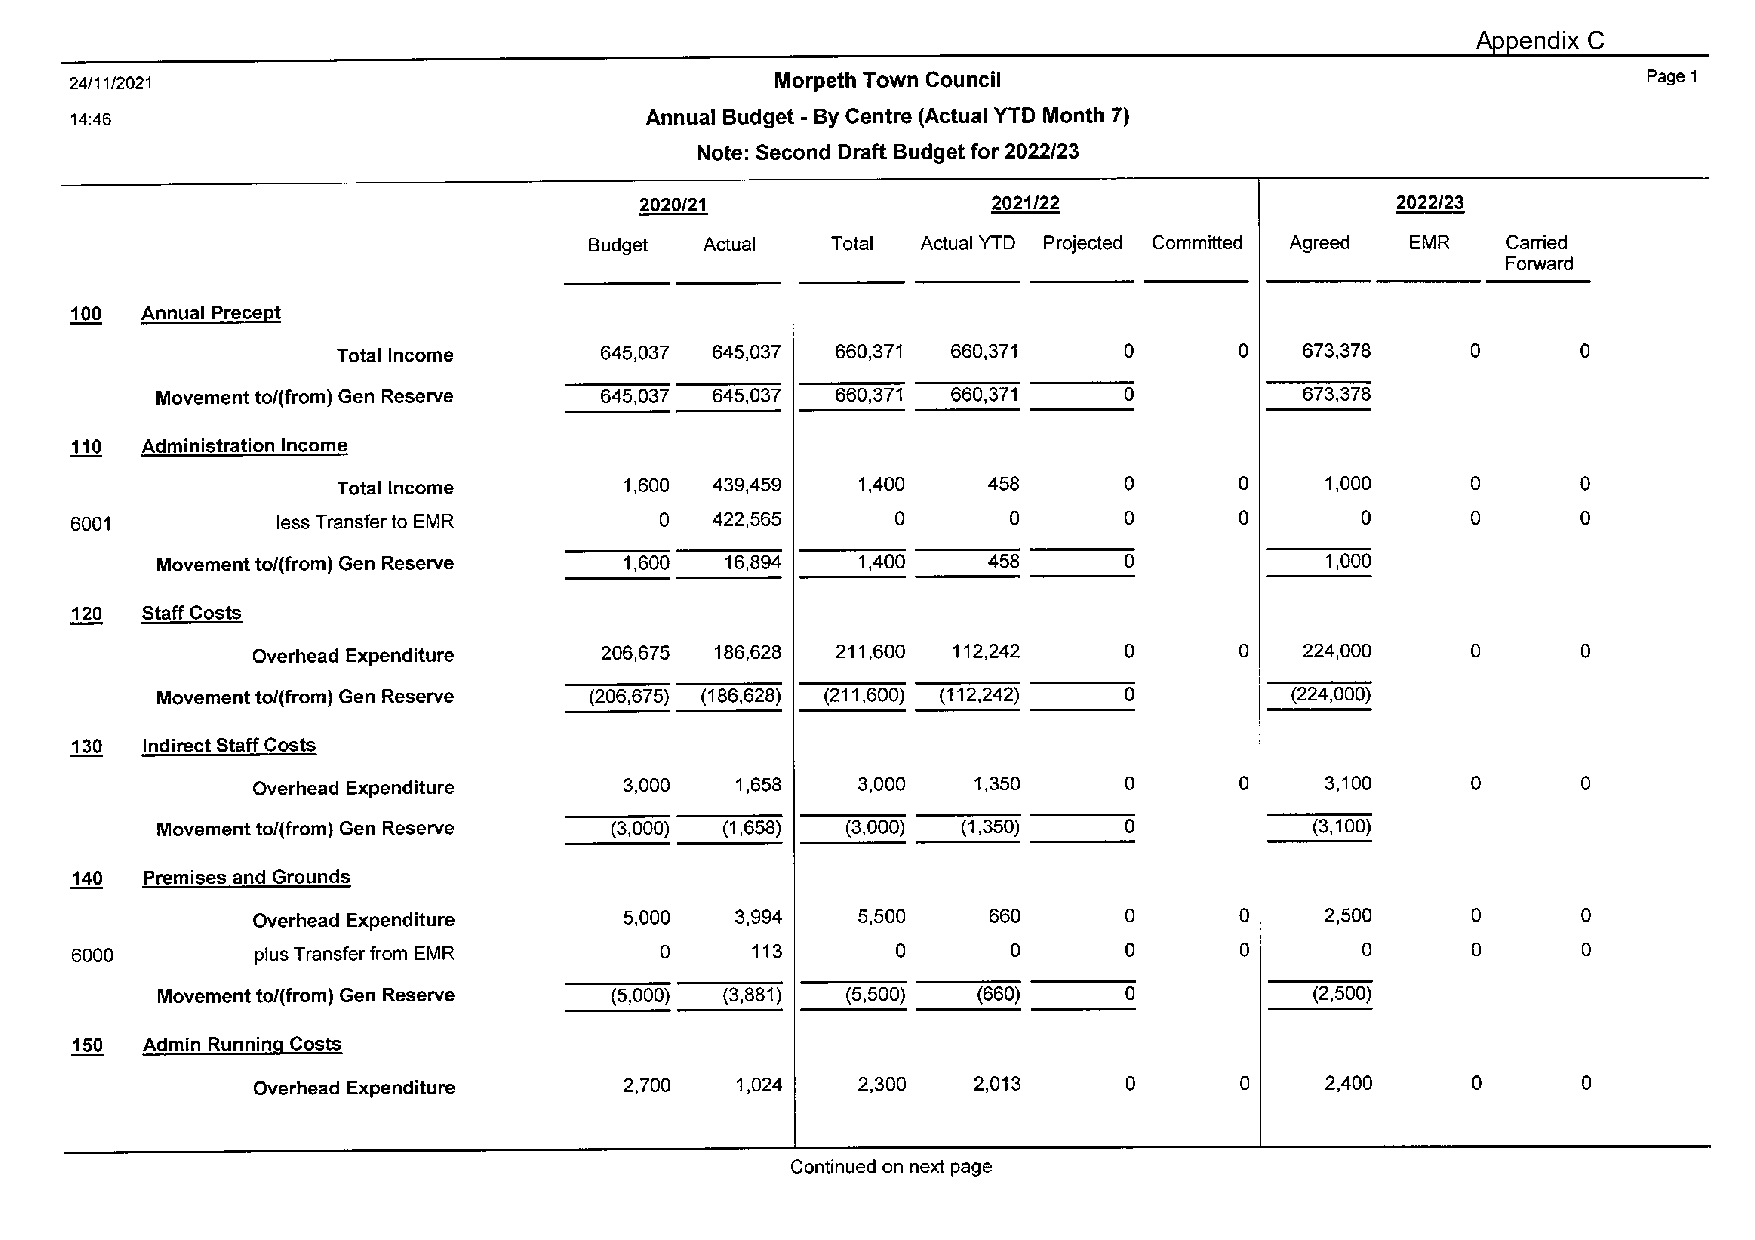
Appendix C
 24/11/2021                                    Morpeth Town Council                                      Page 1
 14:46                                 Annual Budget -By Centre (Actual YTD Month 7)
 Note: Second Draft Budget for 2022/23
 2020/21                 2021/22                   2022/23
 Budget  Actual  Total Actual YTD Projected Committed Agreed EMR Carried
 Forward
 100 Annual Prece11t
 Total Income      645,037 645,037 660,371 660,371   0       0   673,378    0       0
 Movement to/(from) Gen Reserve 645,037 645,037 660,371 660,371  0           673,378
 11Q Administration Income
 Total Income       1,600 439,459   1,400   458      0       0     1,000    0       0
 6001         less Transfer to EMR      0  422,565     0       0      0       0       0      0       0
 Movement to/(from) Gen Reserve 1,600  16,894   1,400   458      0             1,000
 120 Staff Costs
 Overhead Expenditure   206,675 186,628 211,600 112,242   0       0   224,000    0       0
 Movement to/(from) Gen Reserve (206,675) (186,628) (211,600) (112,242) 0   (224,000)
 130  Indirect Staff Costs
 Overhead Expenditure    3,000   1,658   3,000  1,350     0       0     3,100    0       0
 Movement to/(from) Gen Reserve (3,000) (1,658) (3,000) (1,350)  0            (3,100)
 140  Premises and Grounds
 Overhead Expenditure    5,000   3,994   5,500   660      0       0     2,500    0       0
 6000        plus Transfer from EMR     0     113      0       0      0       0       0      0       0
 Movement to/(from) Gen Reserve (5,000) (3,881) (5,500) (660)    0            (2,500)
 150 Admin Running Costs
 Overhead Expenditure    2,700   1,024   2,300  2,013     0       0     2,400    0       0
 Continued on next page